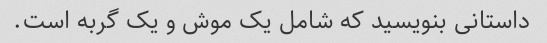
داستانی بنویسید که شامل یک موش و یک گربه است.